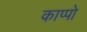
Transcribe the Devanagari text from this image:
काप्पो